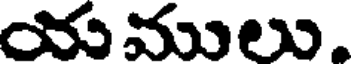
యములు.